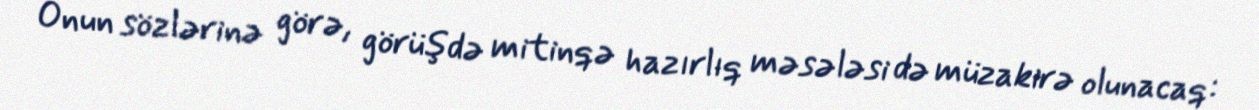
Onun sözlərinə görə, görüşdə mitinqə hazırlıq məsələsi də müzakirə olunacaq: